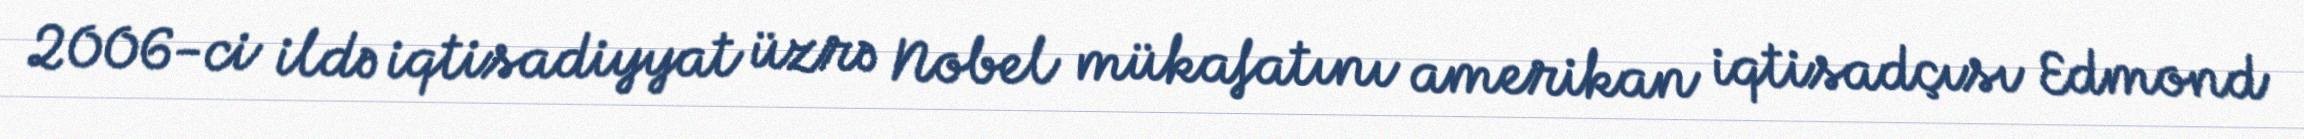
2006-ci ildə iqtisadiyyat üzrə Nobel mükafatını amerikan iqtisadçısı Edmond